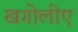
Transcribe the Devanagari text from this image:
खगोलीए